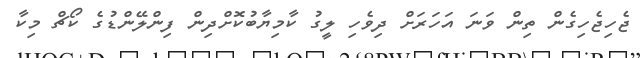
ޖެހިޖެހިގެން ތިން ވަނަ އަހަރަށް ދިވެހި ލީގު ކާމިޔާބުކޮށްދިން ފިންލޭންޑުގެ ކޯޗް މިކާ